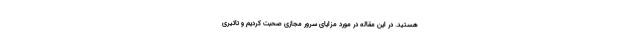
هستید. در این مقاله در مورد مزایای سرور مجازی صحبت کردیم و تاثیری